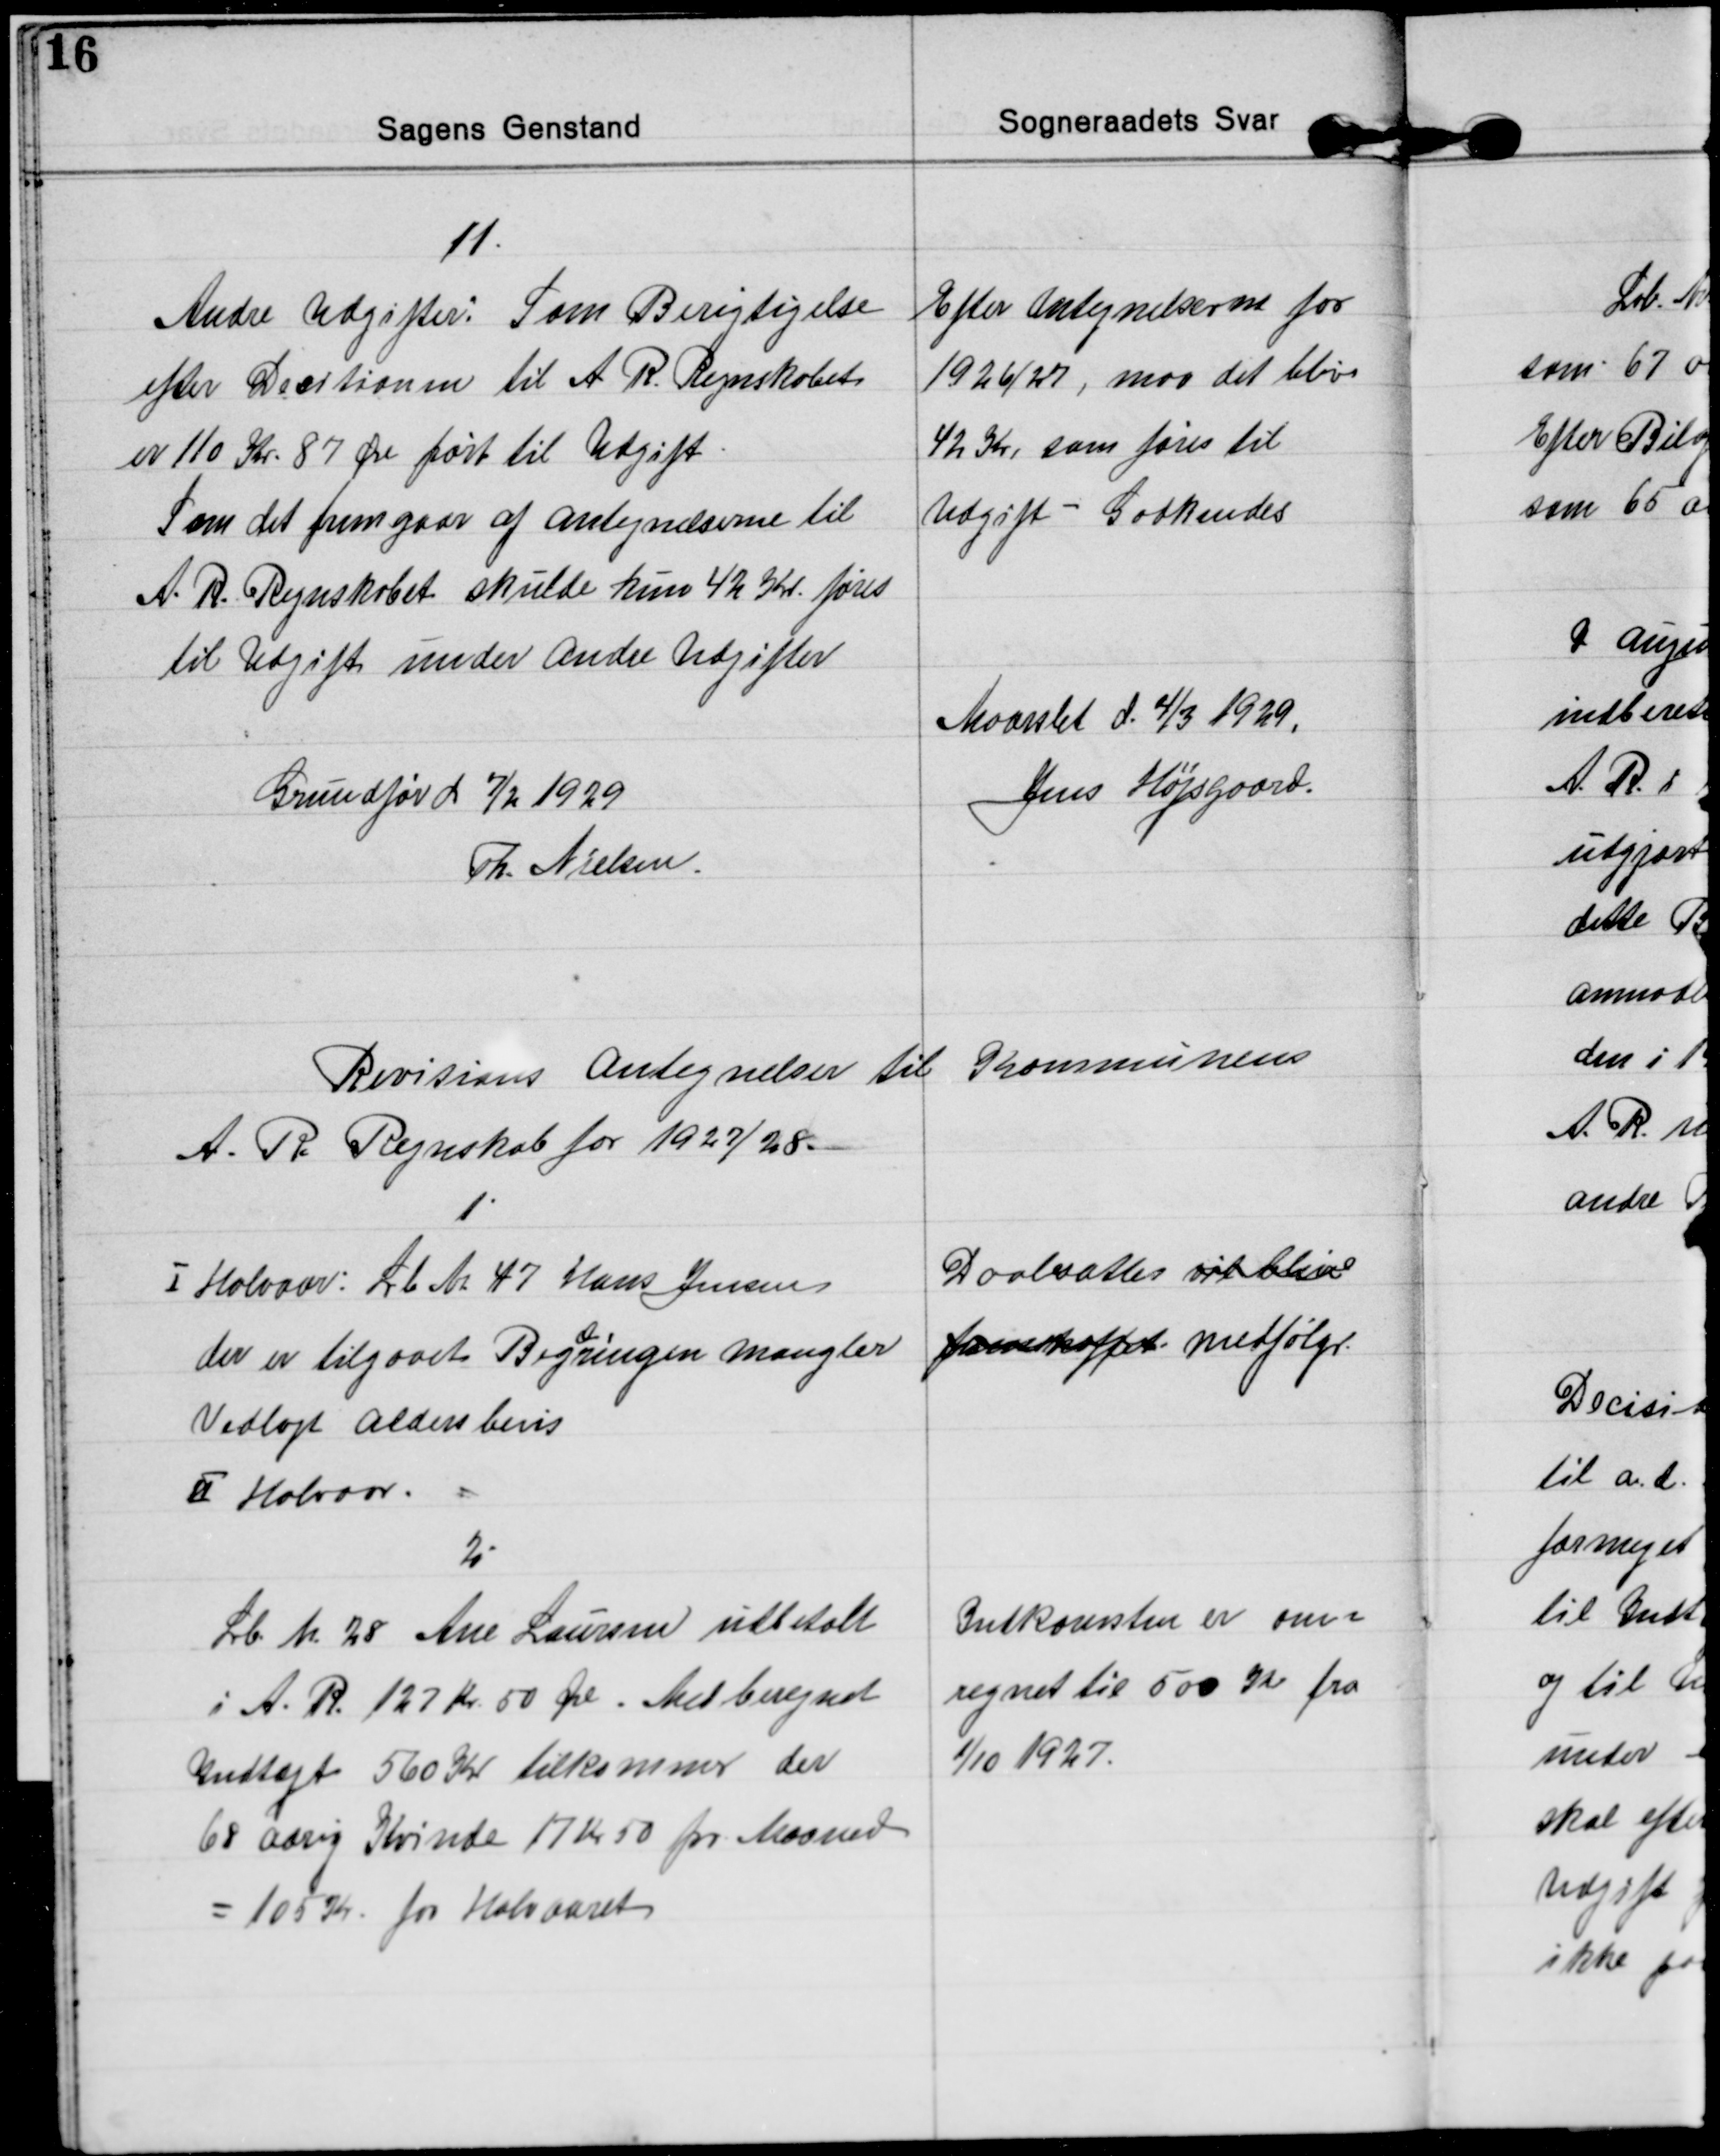
Transskription:
11.
Andre Udgifter: Som Berigtigelse
efter Decitionen til A R. Regnskabet
er 110 Kr. 87 Øre ført til Udgift.
Som det fremgaar af antegnelserne til
A. R. Regnskabet skulde kun 42 Kr. føres
til Udgift under andre Udgifter
Efter Antegnelserne for
1926/27, maa det blive
42 Kr, som føres til
Udgift - Godkendes

Maarslet d. 4/3 1929,
Jens Højsgaard.

Grundfør d 7/2 1929
Th. Nielsen.

Revisions antegnelser til Kommunens
A. R. Regnskab for 1927/28.

1.
Ⅰ Halvaar: Lb Nr 47 Hans Jensen
der er tilgaaet Beg
æ
ringen mangler
Vedlagt aldersbevis
Ⅱ Halvaar.
Daabsattes vil blive
fremskaffet medfølger.

2.
Lb Nr 28 Ane Laursen udbetalt
i A. R. 127 kr. 50 Øre. Med beregnet
Indtægt 560 Kr tilkommer der
68 aarig Kvinde 17 Kr 50 pr Maaned
= 105 Kr. for Halvaaret
Indkomsten er om=
regnet til 500 Kr fra
1/10 1927.